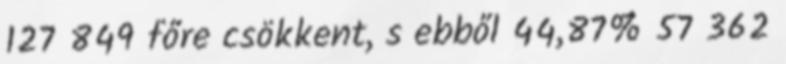
127 849 főre csökkent, s ebből 44,87% 57 362